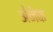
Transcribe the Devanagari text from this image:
अ॑नेक